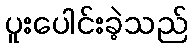
ပူးပေါင်းခဲ့သည်